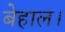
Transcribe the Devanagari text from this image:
बेहाल।